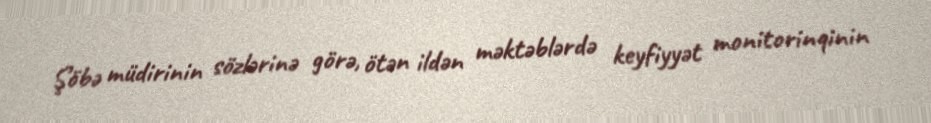
Şöbə müdirinin sözlərinə görə, ötən ildən məktəblərdə keyfiyyət monitorinqinin